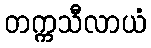
တက္ကသီလာယံ